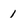
Character: 1